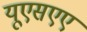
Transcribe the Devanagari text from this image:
यूएसएए